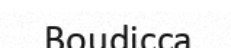
Boudicca